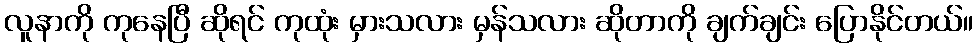
လူနာကို ကုနေပြီ ဆိုရင် ကုထုံး မှားသလား မှန်သလား ဆိုတာကို ချက်ချင်း ပြောနိုင်တယ်။